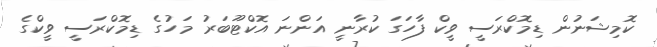
ކޮމިޝަނުން ޑިމޮކްރަސީ ވީކް ފާހަގަ ކުރާނީ އަންނަ އޮކްޓޫބަރު މަހުގެ ޑިމޮކްރަސީ ވީކްގެ